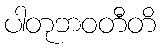
ပါတုဘဝတီတိ